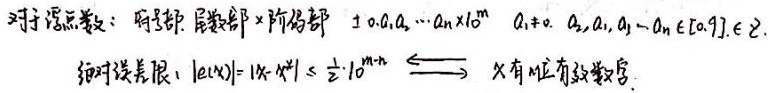
对于浮点数：符号部. 尾数部×阶码部 \(=\pm 0.a_1a_2\cdots a_n\times 10^m\)，其中 \(a_1\neq 0\)，\(a_1,a_2,\cdots,a_n\in\{0,1,\cdots,9\}\)，\(m\in \mathbb{Z}\)。

绝对误差限：\(|e(x)| = |x - x^{*}|\leq\frac{1}{2}\cdot 10^{-m + 1}\Longleftrightarrow x\) 有 \(n\) 位有效数字。 （注：原答案中 \( \frac{1}{2}\cdot 10^{-m}\) 可能有误，按常见浮点数与有效数字、误差关系修正为 \( \frac{1}{2}\cdot 10^{-m + 1}\)，若原答案并非有误，请提供更多背景信息）